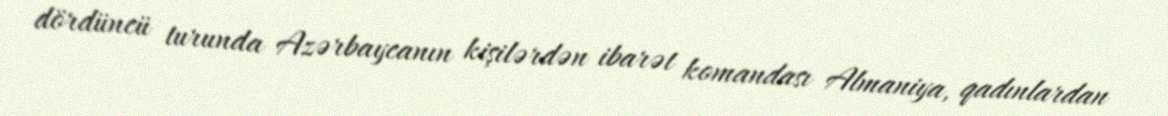
dördüncü turunda Azərbaycanın kişilərdən ibarət komandası Almaniya, qadınlardan